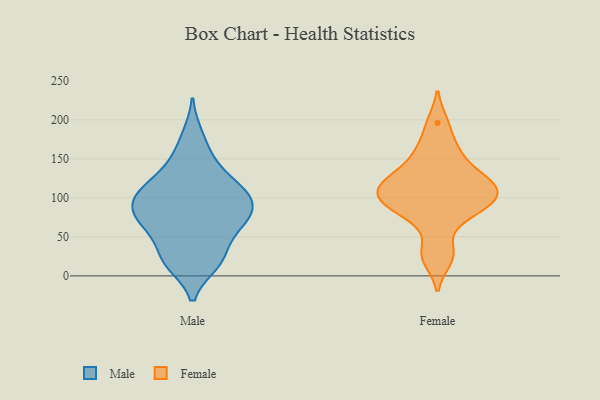
{"axis": {"x": "Population (Million)", "y": "Value"}, "legend": ["Female", "Male"], "data": [{"x": "", "y": 26, "type": "Male"}, {"x": "", "y": 72, "type": "Male"}, {"x": "", "y": 90, "type": "Male"}, {"x": "", "y": 16, "type": "Male"}, {"x": "", "y": 17, "type": "Male"}, {"x": "", "y": 79, "type": "Male"}, {"x": "", "y": 104, "type": "Male"}, {"x": "", "y": 89, "type": "Male"}, {"x": "", "y": 103, "type": "Male"}, {"x": "", "y": 21, "type": "Male"}, {"x": "", "y": 110, "type": "Male"}, {"x": "", "y": 180, "type": "Male"}, {"x": "", "y": 140, "type": "Male"}, {"x": "", "y": 66, "type": "Male"}, {"x": "", "y": 59, "type": "Male"}, {"x": "", "y": 56, "type": "Male"}, {"x": "", "y": 116, "type": "Male"}, {"x": "", "y": 153, "type": "Male"}, {"x": "", "y": 115, "type": "Male"}, {"x": "", "y": 82, "type": "Male"}, {"x": "", "y": 114, "type": "Female"}, {"x": "", "y": 126, "type": "Female"}, {"x": "", "y": 196, "type": "Female"}, {"x": "", "y": 91, "type": "Female"}, {"x": "", "y": 131, "type": "Female"}, {"x": "", "y": 165, "type": "Female"}, {"x": "", "y": 112, "type": "Female"}, {"x": "", "y": 152, "type": "Female"}, {"x": "", "y": 21, "type": "Female"}, {"x": "", "y": 84, "type": "Female"}, {"x": "", "y": 104, "type": "Female"}, {"x": "", "y": 76, "type": "Female"}, {"x": "", "y": 95, "type": "Female"}, {"x": "", "y": 113, "type": "Female"}, {"x": "", "y": 33, "type": "Female"}]}